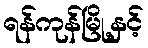
ရန်ကုန်မြို့နှင့်